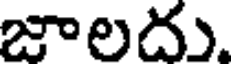
జాలదు.